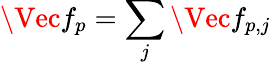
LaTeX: \Vec{f}_{p}=\sum_{j}\Vec{f}_{p,j}